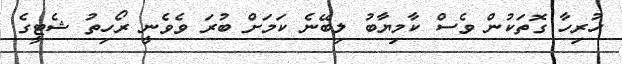
ހުރިހާ ގޮތަކުން ވެސް ކާމިޔާބު ލިބޭނެ ކަމަށް ބުރަ ވެވެނީ ރޯހިތު ޝެޓީގެ